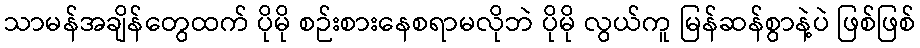
သာမန်အချိန်တွေထက် ပိုမို စဉ်းစားနေစရာမလိုဘဲ ပိုမို လွယ်ကူ မြန်ဆန်စွာနဲ့ပဲ ဖြစ်ဖြစ်